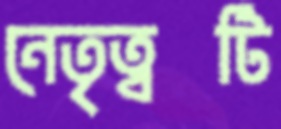
নেতৃত্বটি